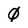
Character: 0